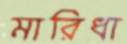
মারিধা